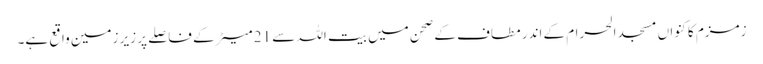
زمزم کا کنواں مسجد الحرام کے اندر مطاف کے صحن میں بیت اللہ سے 21 میٹر کے فاصلے پر زیر زمین واقع ہے۔